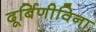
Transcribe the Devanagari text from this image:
दूर्बिणीविना